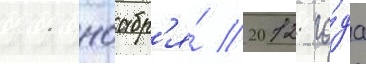
11 ноабр'я́ 2012 го́да